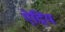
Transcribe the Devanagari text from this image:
ऐद्रिय